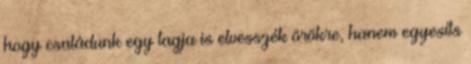
hogy családunk egy tagja is elvesszék örökre, hanem egyesíts